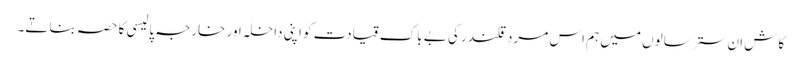
کاش ان ستر سالوں میں ہم اس مردِ قلندر کی بے باک قیادت کو اپنی داخلہ اور خارجہ پالیسی کا حصہ بناتے۔